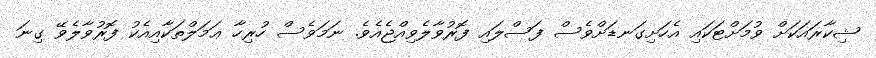
ޝިކާރައަކަށް ވުމަށްޓަކައި އެހަށިގަނޑަށްވެސް ފަސްލައި ފޮރުވާލެވިއްޖެއެވެ. ނަމަވެސް ހުރިހާ ޢަމަލްތަކާއިއެކު ފޮރުވާލެވޭ ގިނަ